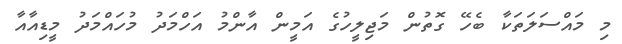
މި މައްސަލަތަކާ ބެހޭ ގޮތުން މަޖިލީހުގެ އަމީން އާންމު އަހްމަދު މުހައްމަދު މީޑިއާއާ